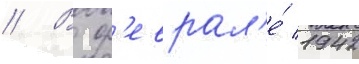
// В ф'еврал'е́ 1942